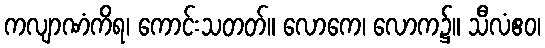
ကလျာဏံကိရ၊ ကောင်းသတတ်။ လောကေ၊ လောက၌။ သီလံဧဝ၊